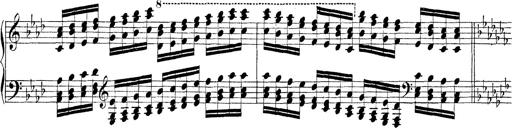
Title: Technische Studien
Composer: Franz Liszt